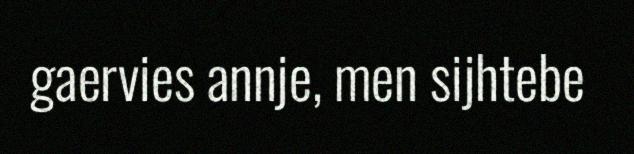
gaervies annje, men sijhtebe